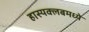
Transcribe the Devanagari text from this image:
हास्यक्लबमध्ये